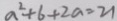
a ^ { 2 } + 6 + 2 a = 2 1